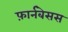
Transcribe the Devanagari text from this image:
फ़ार्नबेसस